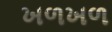
ખળખળ